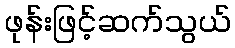
ဖုန်းဖြင့်ဆက်သွယ်